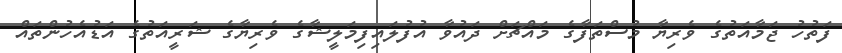
ފަތުހު ޖަމާއަތުގެ ވެރިޔާ މުސްތަފާގެ މައްޗަށް ދައުވާ އުފުލައިފިމަލީޝާގެ ވެރިޔާގެ ޝަރީއަތުގެ އަޑުއެހުންތައް